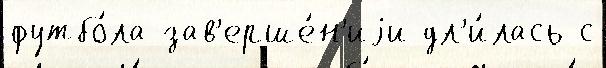
футбо́ла зав'ерше́н'иjи дл'и́лась с